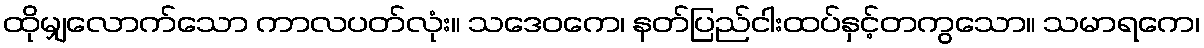
ထိုမျှလောက်သော ကာလပတ်လုံး။ သဒေဝကေ၊ နတ်ပြည်ငါးထပ်နှင့်တကွသော။ သမာရကေ၊